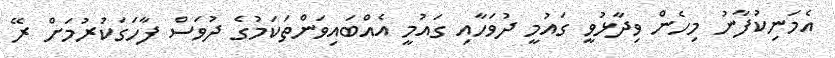
އެމަނިކުފާނު މިހެން ވިދާޅުވީ ގައުމީ ދުވަހާއި ގައުމީ އެއްބައިވަންތަކަމުގެ ދުވަސް ފާހަގަކުރުމަށް ރޭ